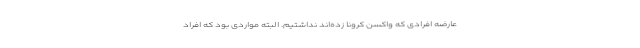
عارضه افرادی که واکسن کرونا زده‌اند نداشتیم. البته مواردی بود که افراد